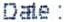
DATE :